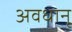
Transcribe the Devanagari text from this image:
अवधानू